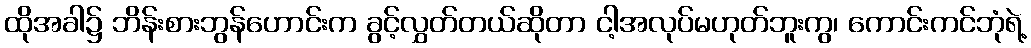
ထိုအခါ၌ ဘိန်းစားဘွန်ဟောင်းက ခွင့်လွှတ်တယ်ဆိုတာ ငါ့အလုပ်မဟုတ်ဘူးကွ၊ ကောင်းကင်ဘုံရဲ့